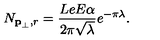
N _ { { \bf p } _ { \perp } , r } = \frac { L e E \alpha } { 2 \pi \sqrt { \lambda } } e ^ { - \pi \lambda } .